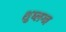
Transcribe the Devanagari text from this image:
शुष्लग्न